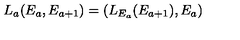
L _ { a } ( E _ { a } , E _ { a + 1 } ) = ( L _ { E _ { a } } ( E _ { a + 1 } ) , E _ { a } )